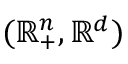
( \mathbb { R } _ { + } ^ { n } , \mathbb { R } ^ { d } )